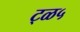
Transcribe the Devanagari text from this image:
ट्ळ५